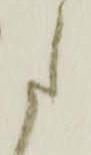
た